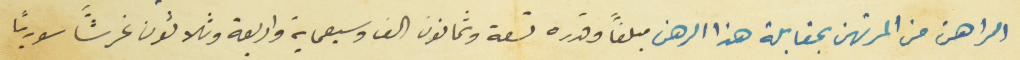
الراهن من المرتهن بمقابلة هذا الرهن مبلغاً وقدره تسعة وثمانون الف وسبعماية واربعة وثلاثون غرشاً سورياً